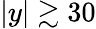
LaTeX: |y|\gtrsim 30